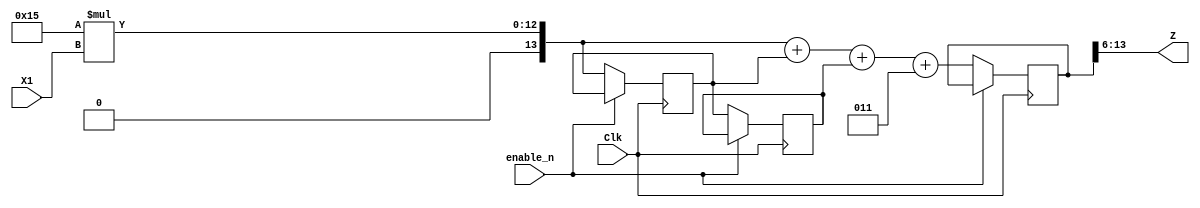
module moving_average(
	input enable_n, Clk, 
	input signed [7:0] X1,
	output signed  [7:0] Z
	);
	reg signed [13:0] Z_temp;
	assign Z[7:0] = Z_temp[13:6];
	parameter signed A = 8'b00010101;
	
	reg signed [13:0] temp, X2, X3;
	
	always@ (posedge Clk) 
	begin
		if(~enable_n) begin
			X3 = X2;
			X2 = temp;
			temp = A*X1;
			Z_temp = temp + X2 + X3 + 3;
			//Z = 6'b010101*X1 + 6'b010101*X2 + 6'b010101*X3;
		end
	end

endmodule